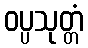
ဝပ္ပသုတ္တံ